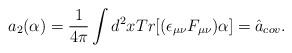
LaTeX: \begin{align*}a_{2}(\alpha)=\frac{1}{4\pi}\int d^{2}xTr[(\epsilon_{\mu\nu}F_{\mu\nu})\alpha]=\hat{a}_{cov}.\end{align*}